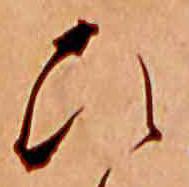
ひ